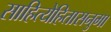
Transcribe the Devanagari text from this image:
साहित्येहितासनुमा